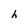
Character: h